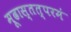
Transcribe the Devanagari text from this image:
मूढास्तत्परमं